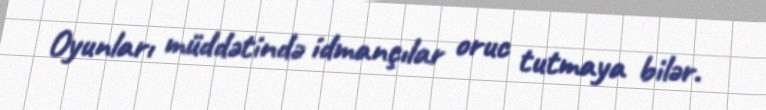
Oyunları müddətində idmançılar oruc tutmaya bilər.